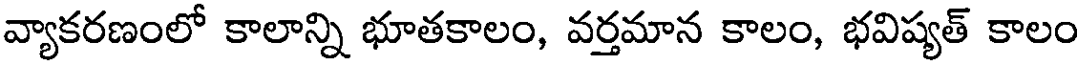
వ్యాకరణంలో కాలాన్ని భూతకాలం, వర్తమాన కాలం, భవిష్యత్ కాలం